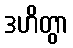
ဒဟိတွာ